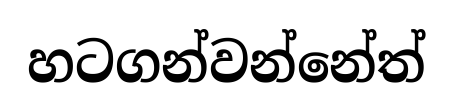
හටගන්වන්නේත්